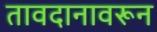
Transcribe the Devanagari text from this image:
तावदानावरून